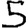
Digit: 5